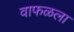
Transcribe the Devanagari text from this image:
वाफळला